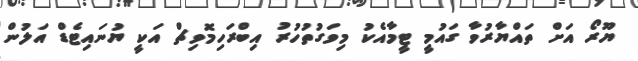
ޔޫރޯ އަށް ތައްޔާރުވާ ގައުމީ ޓީމާއެކު މިވަގުތުހުރު އިބްރަހިމޮވިޗް އަކީ ޔުނައިޓެޑް އަލުން